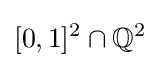
[0,1]^{2}\cap \mathbb {Q} ^{2}